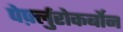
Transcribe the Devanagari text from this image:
पेर्फ़्लुरोकर्बोन